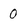
Character: 0